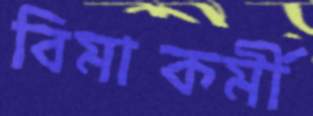
বিমাকর্মী